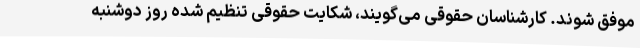
موفق شوند. کارشناسان حقوقی می‌گویند، شکایت حقوقی تنظیم شده روز دوشنبه